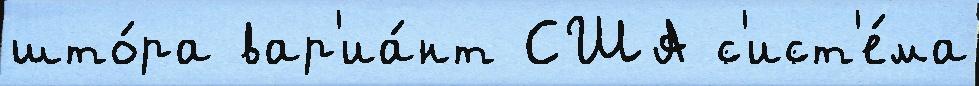
што́ра вар'иа́нт США с'ист'е́ма